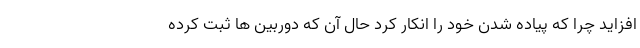
افزاید چرا که پیاده شدن خود را انکار کرد حال آن که دوربین ها ثبت کرده